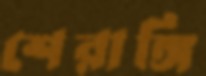
শেরাঙ্গি